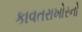
કાવતરાખોરનો